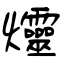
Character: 爧